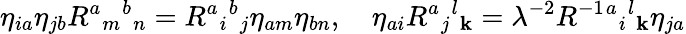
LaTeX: \eta_{ia}\eta_{jb}R^{a}{}_{m}{}^{b}{}_{n}=R^{a}{}_{i}{}^{b}{}_{j}\eta_{am}\eta_{bn},\quad\eta_{ai}R^{a}{}_{j}{}^{l}{}_{\mathbf{k}}=\lambda^{-2}R^{-1}{}^{a}{}_{i}{}^{l}{}_{\mathbf{k}}\eta_{ja}